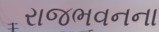
રાજભવનના